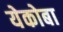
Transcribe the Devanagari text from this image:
येकोबा